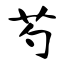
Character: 芍